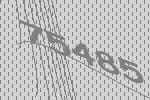
75485